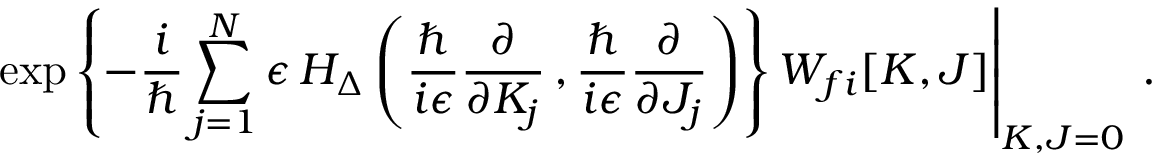
\left. \exp \left\{ - \frac { i } { \hbar } \sum _ { j = 1 } ^ { N } \epsilon \, H _ { \Delta } \left( \frac { \hbar } { i \epsilon } \frac { \partial } { \partial K _ { j } } \, , \frac { \hbar } { i \epsilon } \frac { \partial } { \partial J _ { j } } \right) \right\} W _ { f i } [ K , J ] \right| _ { K , J = 0 } \, .